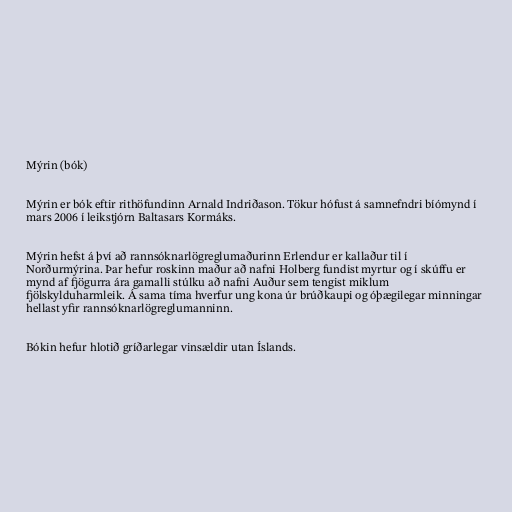
Mýrin (bók)

Mýrin er bók eftir rithöfundinn Arnald Indriðason. Tökur hófust á samnefndri bíómynd í
mars 2006 í leikstjórn Baltasars Kormáks.

Mýrin hefst á því að rannsóknarlögreglumaðurinn Erlendur er kallaður til í
Norðurmýrina. Þar hefur roskinn maður að nafni Holberg fundist myrtur og í skúffu er
mynd af fjögurra ára gamalli stúlku að nafni Auður sem tengist miklum
fjölskylduharmleik. Á sama tíma hverfur ung kona úr brúðkaupi og óþægilegar minningar
hellast yfir rannsóknarlögreglumanninn.

Bókin hefur hlotið gríðarlegar vinsældir utan Íslands.